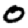
Digit: 0